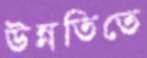
উন্নতিতে